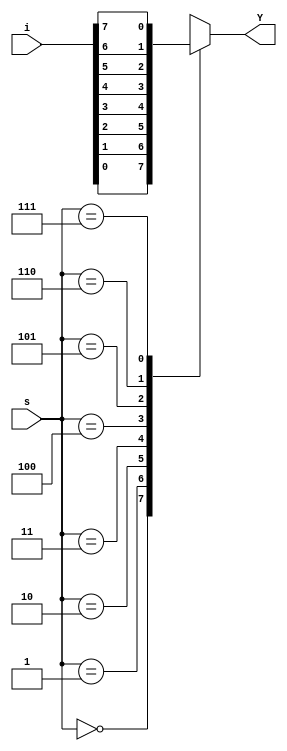
module mux8by1(i,s,Y);
  input [7:0]i;
  input [2:0]s;
  output reg Y;
  always @(i or s)
    begin
	  case(s)
	    3'b000:Y=i[0];
		3'b001:Y=i[1];
		3'b010:Y=i[2];
		3'b011:Y=i[3];
		3'b100:Y=i[4];
		3'b101:Y=i[5];
		3'b110:Y=i[6];
		3'b111:Y=i[7];
	   endcase
	end
endmodule




module mux8by1_tb();
  reg [7:0]I;
  reg [2:0]S;
  wire y;
  integer j;
  mux8by1 DUT(I,S,y);
  initial
    begin
      $dumpfile("mux8by1_tb.vcd");
      $dumpvars(0);
      {I,S}=0;
      for(j=0;j<8;j=j+1)
	    begin
		  S=j;
          I[j]=1'b1;
		  #10;
          I[j]=1'b0;
		  #10;
		end
	end
endmodule